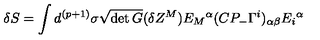
\delta S = \int d ^ { ( p + 1 ) } \sigma \sqrt { \det G } ( \delta Z ^ { M } ) E _ { M } { } ^ { \alpha } ( C P _ { - } \Gamma ^ { i } ) _ { \alpha \beta } E _ { i } { } ^ { \alpha }